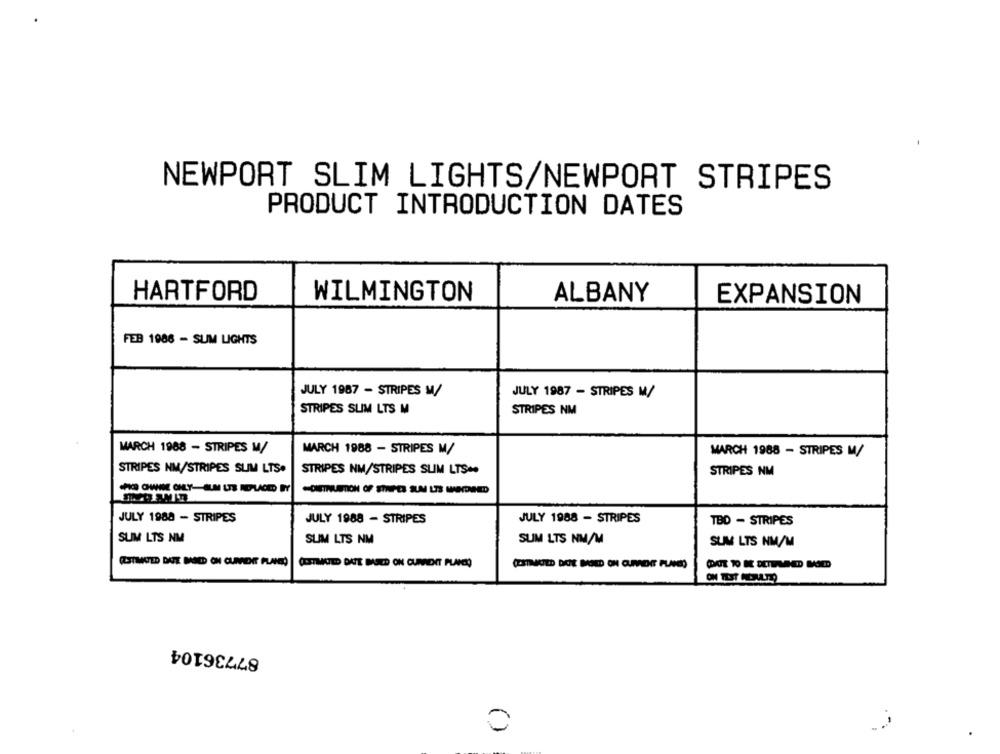
NEWPORT SLIM LIGHTS/NEWPORT STRIPES
PRODUCT INTRODUCTION DATES
HARTFORD
WILMINGTON
ALBANY
EXPANSION
FEB 1986 - SUM LIGHTS
JULY 1987 - STRIPES M/
JULY 1987 - STRIPES M/
STRIPES SLIM LTS M
STRIPES NM
MARCH 1988 - STRIPES M/
MARCH 1988 - STRIPES M/
MARCH 1988 - STRIPES M/
STRIPES NM/STRIPES SLIM LTS.
STRIPES NM/STRIPES SLIM LTS **
STRIPES NM
JULY 1988 - STRIPES
JULY 1988 - STRIPES
JULY 1988 - STRIPES
TBD - STRIPES
SUM LTS NM
SUM LTS NM
SUM LTS NM/M
SUM LTS NM/M
CIESTIMATED DATE BASED ON CURADIT PLANCKO
87736104